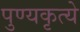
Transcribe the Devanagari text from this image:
पुण्यकृत्ये